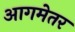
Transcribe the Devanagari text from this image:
आगमेतर